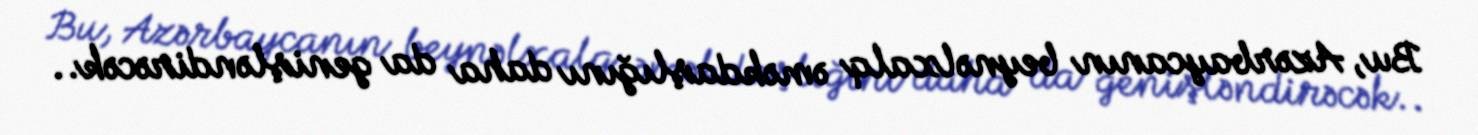
Bu, Azərbaycanın beynəlxalq əməkdaşlığını daha da genişləndirəcək..